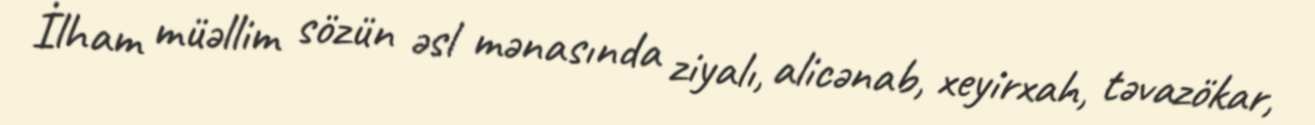
İlham müəllim sözün əsl mənasında ziyalı, alicənab, xeyirxah, təvazökar,